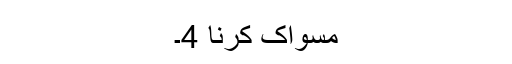
مسواک کرنا 4۔